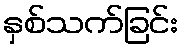
နှစ်သက်ခြင်း